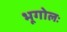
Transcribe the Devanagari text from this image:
भूगोलः